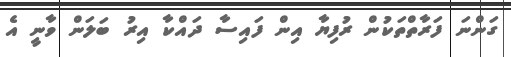
ގަންނަ ފަރާތްތަކުން ރުފިޔާ އިން ފައިސާ ދައްކާ އިރު ބަލަން ވާނީ އެ